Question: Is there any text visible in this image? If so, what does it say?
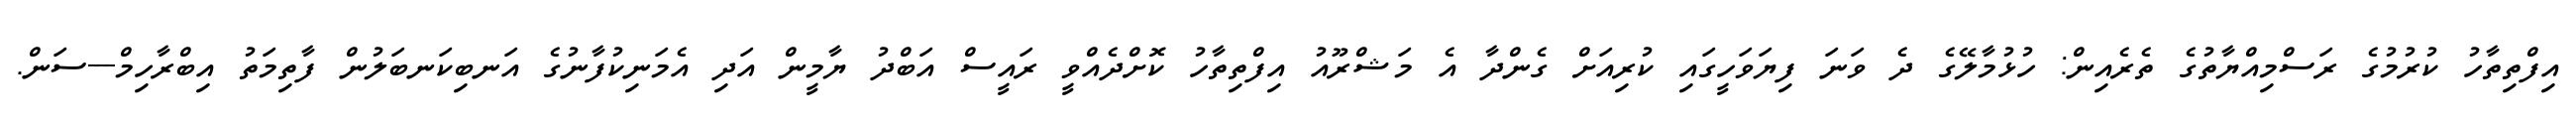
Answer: އިފްތިތާހު ކުރުމުގެ ރަސްމިއްޔާތުގެ ތެރެއިން: ހުޅުމާލޭގެ ދެ ވަނަ ފިޔަވަހީގައި ކުރިއަށް ގެންދާ އެ މަޝްރޫއު އިފްތިތާހު ކޮށްދެއްވީ ރައީސް އަބްދު ޔާމީން އަދި އެމަނިކުފާނުގެ އަނބިކަނބަލުން ފާތިމަތު އިބްރާހިމް---ސަން.